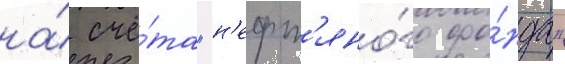
на́ счё́та "н'ефт'яно́го фо́нда"